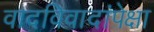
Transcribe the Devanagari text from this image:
वादविवादांपेक्षा